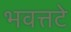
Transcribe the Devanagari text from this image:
भवत्तटे